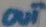
Text: OUT